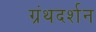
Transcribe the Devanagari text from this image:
ग्रंथदर्शन